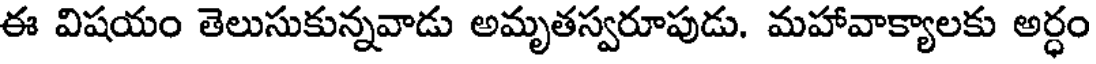
ఈ విషయం తెలుసుకున్నవాడు అమృతస్వరూపుడు. మహావాక్యాలకు అర్ధం